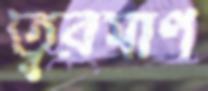
ত্বরমাণ